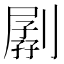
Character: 𠟉